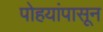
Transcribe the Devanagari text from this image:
पोहयांपासून